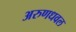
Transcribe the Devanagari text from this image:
अरुणधवल